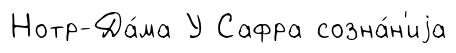
Нотр-Да́ма У Сафра созна́н'иjа